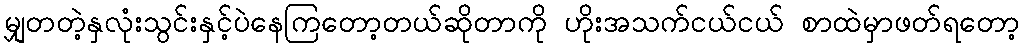
မျှတတဲ့နှလုံးသွင်းနှင့်ပဲနေကြတော့တယ်ဆိုတာကို ဟိုးအသက်ငယ်ငယ် စာထဲမှာဖတ်ရတော့